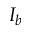
I _ { b }